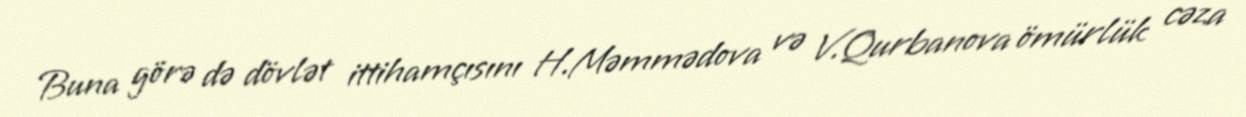
Buna görə də dövlət ittihamçısını H.Məmmədova və V.Qurbanova ömürlük cəza